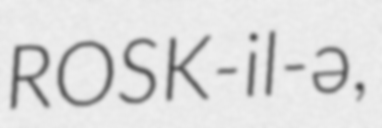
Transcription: ROSK-il-ə,